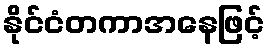
နိုင်ငံတကာအနေဖြင့်